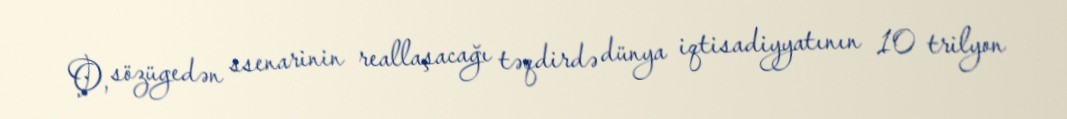
O, sözügedən ssenarinin reallaşacağı təqdirdə dünya iqtisadiyyatının 10 trilyon